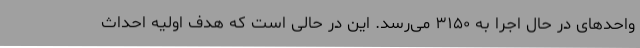
واحدهای در حال اجرا به ۳۱۵۰ می‌رسد. این در حالی است که هدف اولیه احداث